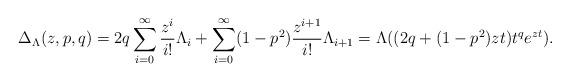
LaTeX: \begin{align*}\Delta_{\Lambda}(z,p,q)=2q\sum_{i=0}^{\infty}\frac{z^{i}}{i!}\Lambda_{i}+\sum_{i=0}^{\infty}(1-p^{2})\frac{z^{i+1}}{i!}\Lambda_{i+1}=\Lambda((2q+(1-p^{2})zt)t^{q}e^{zt}).\end{align*}